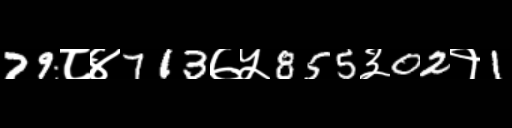
Text: 79८४713७५855३02१1